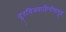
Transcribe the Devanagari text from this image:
दूरचित्रवाहिनीसमूह